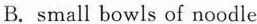
B.small bowls of noodle